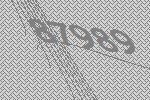
87989